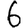
Digit: 6